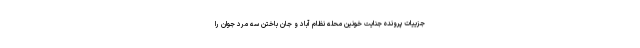
جزییات پرونده جنایت خونین محله نظام آباد و جان باختن سه مرد جوان را